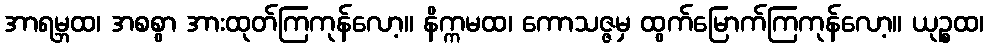
အာရမ္ဘထ၊ အစစွာ အားထုတ်ကြကုန်လော့။ နိက္ကမထ၊ ကောသဇ္ဇမှ ထွက်မြောက်ကြကုန်လော့။ ယုဉ္စထ၊